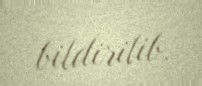
bildirilib.